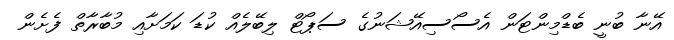
އޭނާ ބުނީ ބެޑްމިންޓަން އެސޯސިއޭޝަނުގެ ސަޕޯޓް ލިބޭލެއް ކުޑަ ކަމަށާއި މުބާރާތް ފެށެން